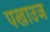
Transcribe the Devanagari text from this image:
पखाउज